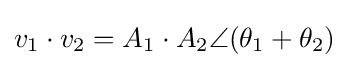
v_{1}\cdot v_{2}=A_{1}\cdot A_{2}\angle (\theta _{1}+\theta _{2})